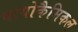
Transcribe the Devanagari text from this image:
बायोकैमिकल